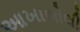
આખાબોલી